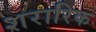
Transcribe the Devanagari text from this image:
शरारिक